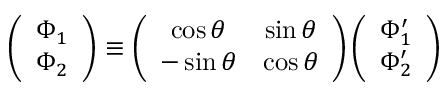
\left( \begin{array} { c } { { \Phi _ { 1 } } } \\ { { \Phi _ { 2 } } } \end{array} \right) \equiv \left( \begin{array} { c c } { { \cos \theta } } & { { \sin \theta } } \\ { { - \sin \theta } } & { { \cos \theta } } \end{array} \right) \left( \begin{array} { c } { { \Phi _ { 1 } ^ { \prime } } } \\ { { \Phi _ { 2 } ^ { \prime } } } \end{array} \right)